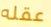
عقله